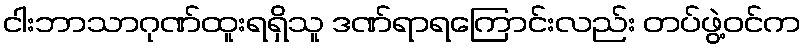
ငါးဘာသာဂုဏ်ထူးရရှိသူ ဒဏ်ရာရကြောင်းလည်း တပ်ဖွဲ့ဝင်က